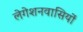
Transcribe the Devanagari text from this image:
लेगेशनवासियों